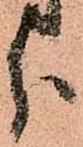
分